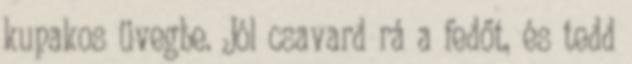
kupakos üvegbe. Jól csavard rá a fedőt, és tedd